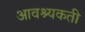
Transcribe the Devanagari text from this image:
आवश्यकती